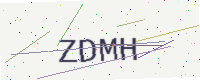
Text: ZDMH